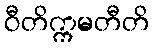
ဝီတိက္ကမတီတိ